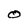
Character: O